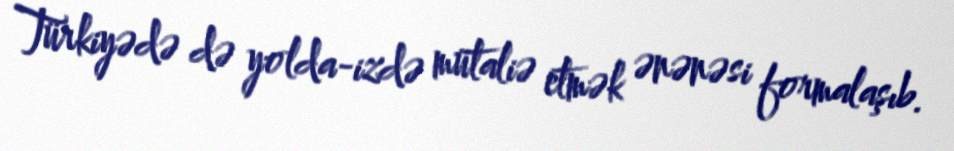
Türkiyədə də yolda-izdə mütaliə etmək ənənəsi formalaşıb.